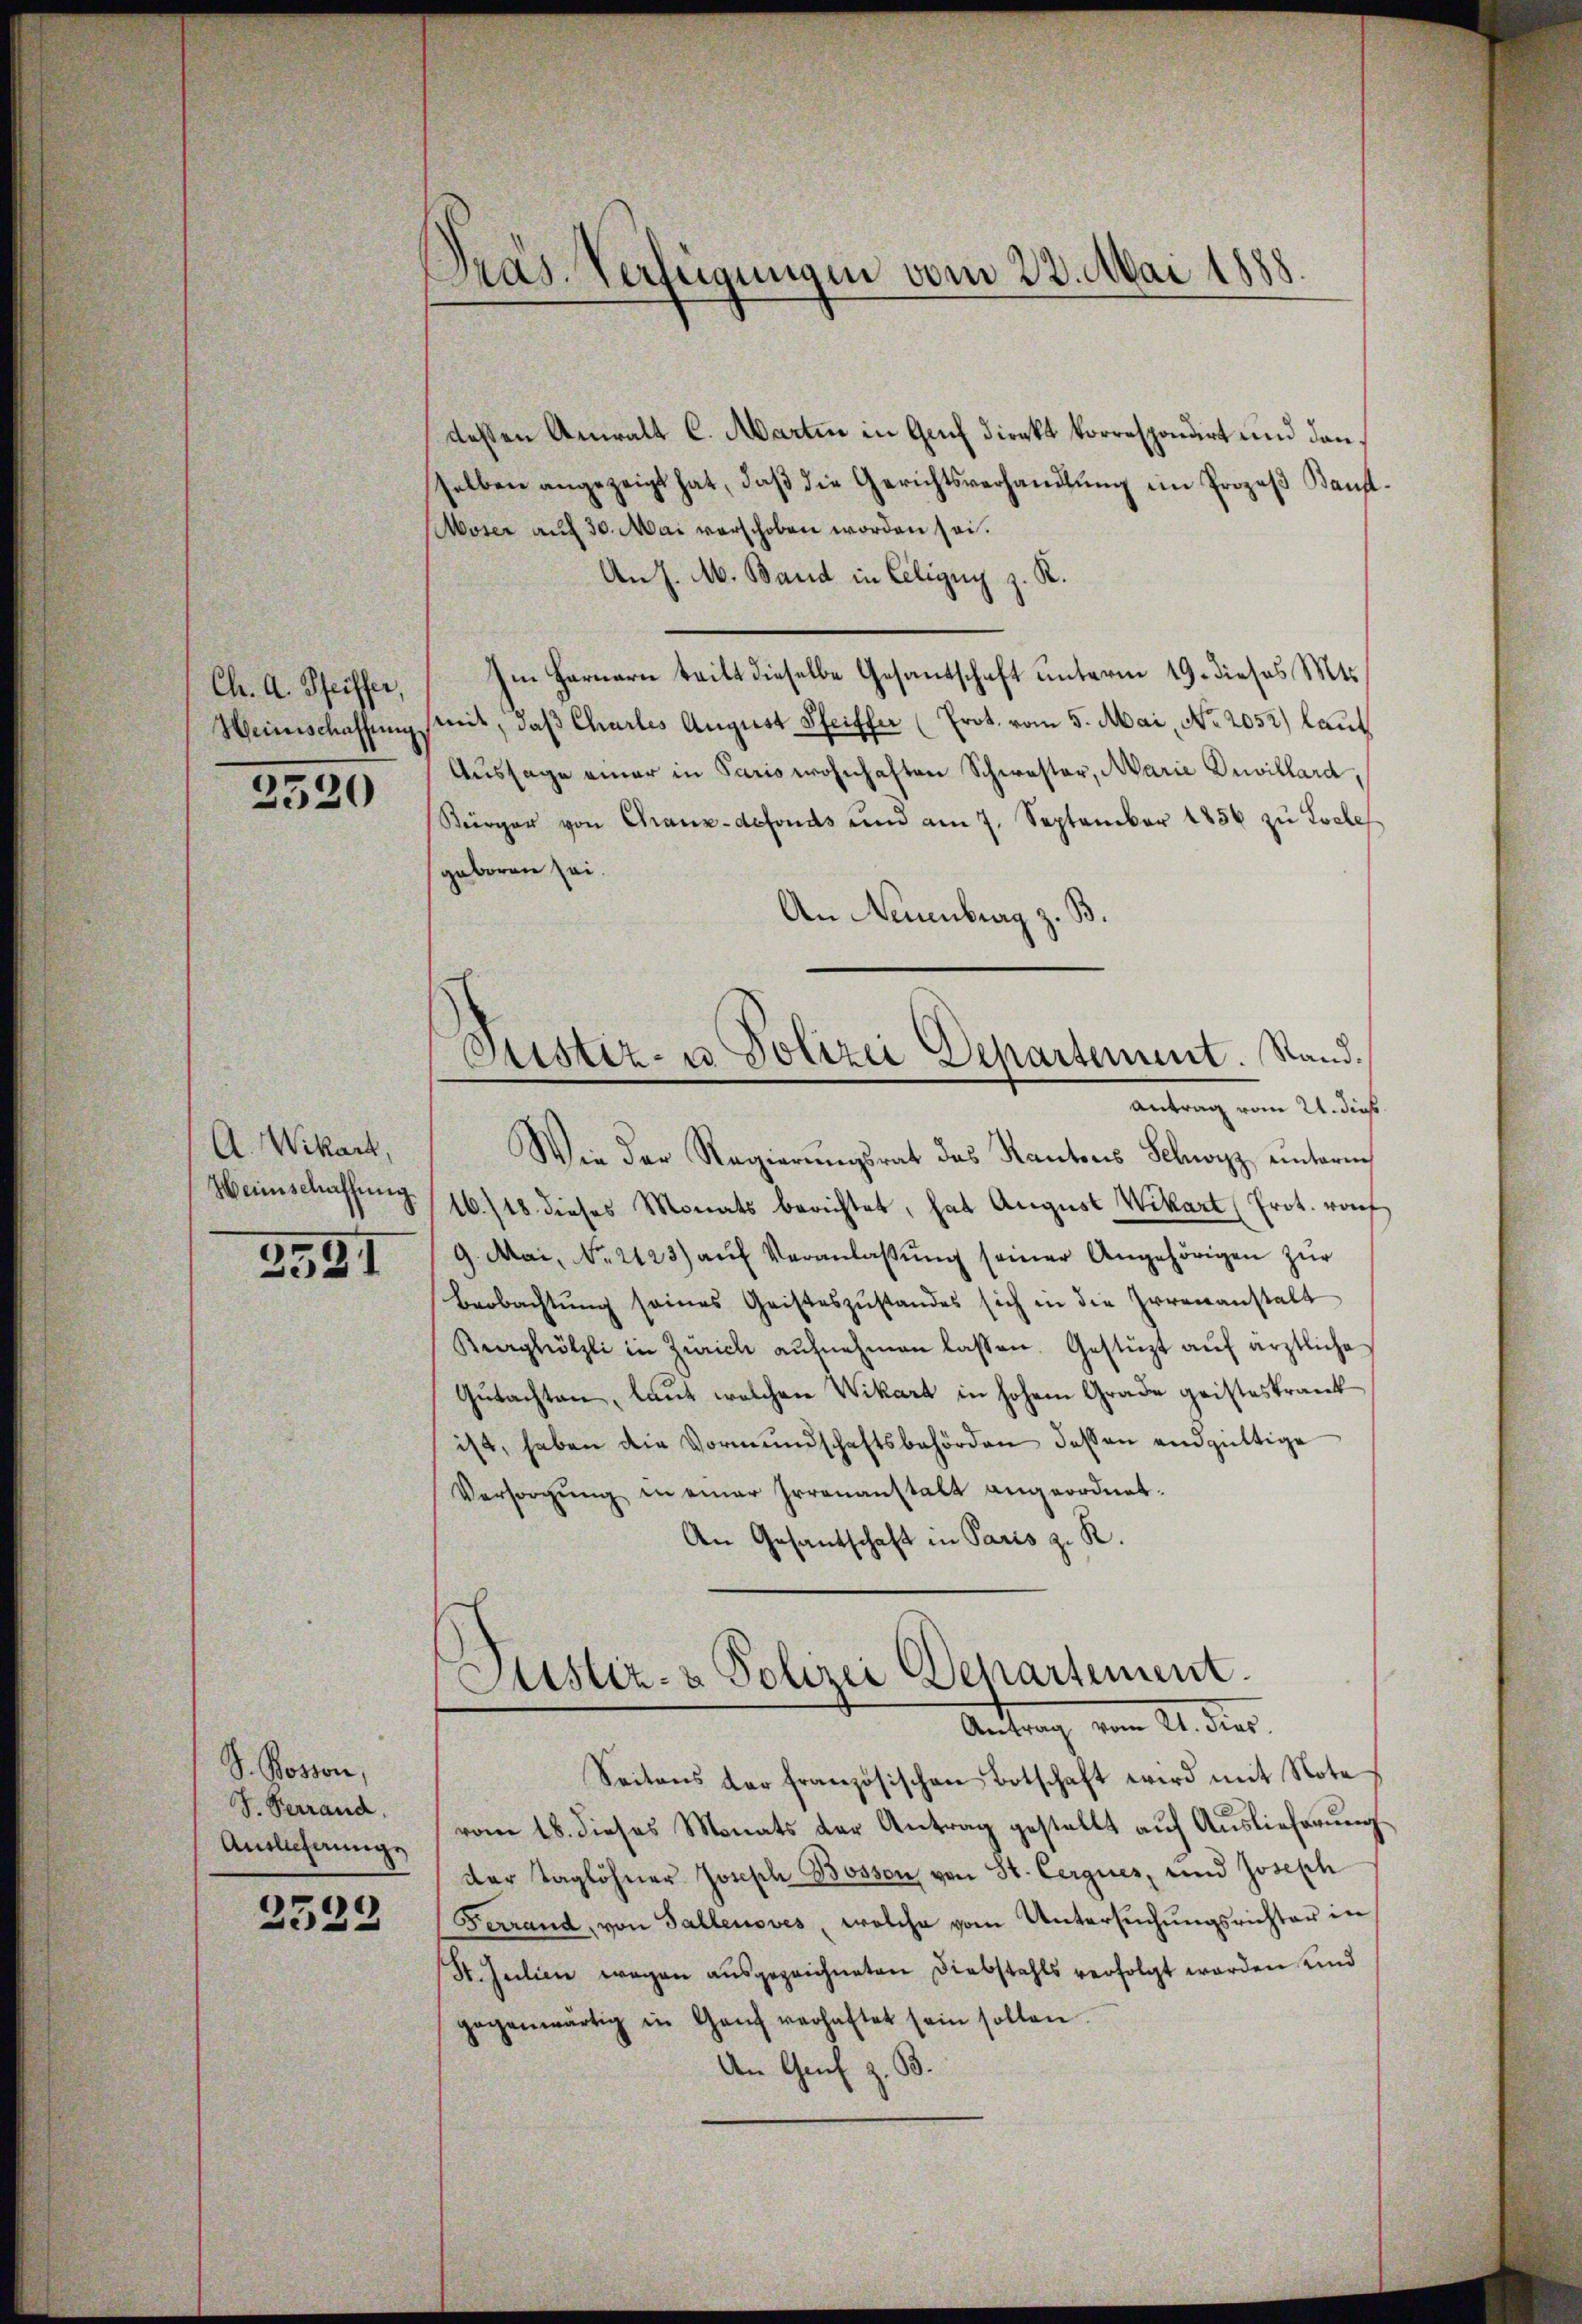
Ch. A. Pfeiffer,
Heinschaffung.

2520

A. Wikart,
Heinschaffung

2591

S. Posson,
S. Verrand.
Antlicherunge

2322

Pras Verfügungen vom 23. Mai 1888.

deßen Anratt C. Martin in Genf Direkt korrespondirt und danselben angezeigt hat, daβ die Gerichtsverhandlŭng im Prozeβ Bauf
Moser auf 30. Mai verschoben worden sei.
An J. M. Band in Celigny z. R.
Im Fernern teilt dieselbe Gesantschaft unterm 19. dieses Mts.
mit, daß Charles August Pfeiffer (Prot. vom 5. Mai, No. 2052) laut
Aussage einer in Paris wohnhaften Schwester, Marie Invillard,
Kürger von Chaux-defonds und am 7. September 1856 zŭ Loche
geboren sei.
An Neuenburg z. B.
Sistiz- u. Polizei Departement. Stand.
Antrag vom 21. dies
Wie der Regierungsrat das Kantons Schwyz unterm
16./18 dieses Monats berichtet, hat August Wikart (Prot. wof
9. Mai, Nr. 2123) aŭf Veranlaβŭng seiner Angehörigen zŭr
Beobachtŭng seines Geisteszŭstandes sich in die Irrenanstalt
Burghölzli in Zürich aŭfnahmen lassen. Gestüzt aŭf ärztliche
Gutachten, laut welchen Wikart in hohem Grade geisteskrank
ist, haben die Vormŭndschaftsbehörden dessen endgültige
Versorgung in einer Irrenanstalt angeordnet.
An Gesantschaft in Paris z. R.

.
Sistiz- & Polizei Departement.
Antrag vom 21. dies

Seitens der französischen Botschaft wird mit Note
vom 18. dieses Monats der Antrag gestellt auf Auslieferung
der Taglöhner Joseph Bosson von St. Cerques, und Joseph
Ferrand, von Gallensves, welche vom Untersuchungsrichter in
St. Julien wegen ausgezeichneten Diebstahls verfolgt worden und
gegenwärtig in Ganz verhaftet sein sollen.
An Genf z. B.